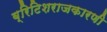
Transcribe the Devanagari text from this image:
ब्रिटिशराजकारणी